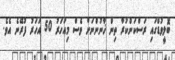
ބޮލީވުޑްގައި ރަސްކަންކުރާ ތިން ޚާނުންނަށް ވެސް މިއަހަރު 50 އަހަރު ފުރޭނެ އެވެ.